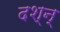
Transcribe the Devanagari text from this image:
दश्न्